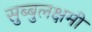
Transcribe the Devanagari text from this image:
सुब्बुलक्षमी